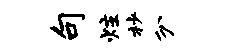
句炷杪分